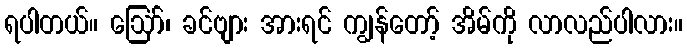
ရပါတယ်။ ဪ၊ ခင်ဗျား အားရင် ကျွန်တော့် အိမ်ကို လာလည်ပါလား။